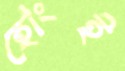
হোংই